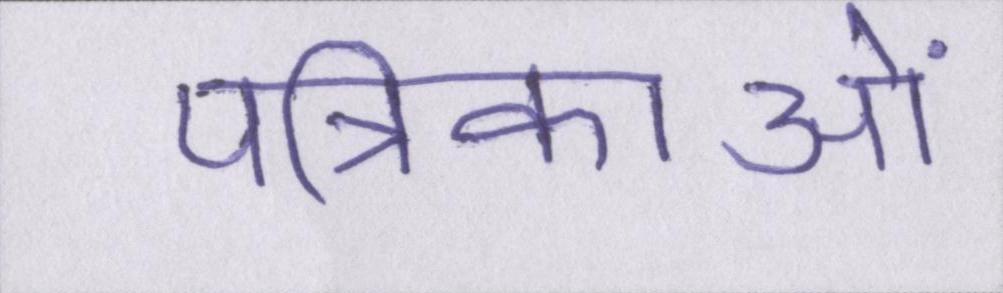
पत्रिकाओं